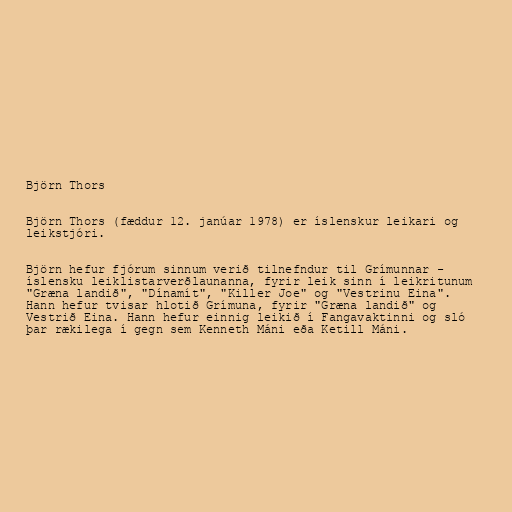
Björn Thors

Björn Thors (fæddur 12. janúar 1978) er íslenskur leikari og
leikstjóri.

Björn hefur fjórum sinnum verið tilnefndur til Grímunnar -
íslensku leiklistarverðlaunanna, fyrir leik sinn í leikritunum
"Græna landið", "Dínamít", "Killer Joe" og "Vestrinu Eina".
Hann hefur tvisar hlotið Grímuna, fyrir "Græna landið" og
Vestrið Eina. Hann hefur einnig leikið í Fangavaktinni og sló
þar rækilega í gegn sem Kenneth Máni eða Ketill Máni.